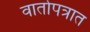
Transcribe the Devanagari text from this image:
वार्तापत्रात